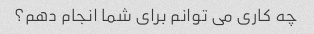
چه کاری می توانم برای شما انجام دهم؟